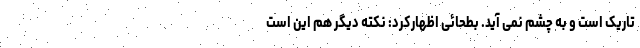
تاریک است و به چشم نمی آید. بطحائی اظهارکرد: نکته دیگر هم این است